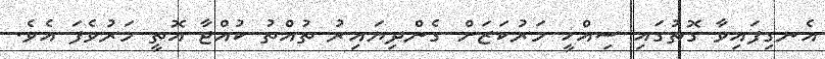
އެނގިފައިވާ ގޮތުގައި ސިއްހީ މަރުކަޒަށް ގެންދިޔައިރު ތުއްތު ކުއްޖާ އޮތީ މަރުވެފަ އެވެ.